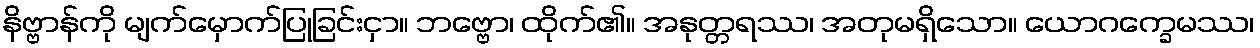
နိဗ္ဗာန်ကို မျက်မှောက်ပြုခြင်းငှာ။ ဘဗ္ဗော၊ ထိုက်၏။ အနုတ္တရဿ၊ အတုမရှိသော။ ယောဂက္ခေမဿ၊